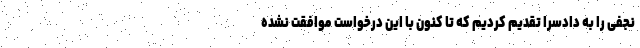
نجفی را به دادسرا تقدیم کردیم که تا کنون با این درخواست موافقت نشده